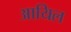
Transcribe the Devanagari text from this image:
आयिल